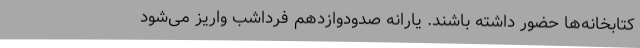
کتابخانه‌ها حضور داشته باشند. یارانه صدودوازدهم فرداشب واریز می‌شود